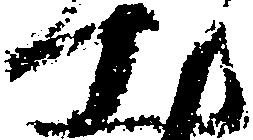
出